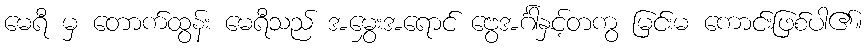
မေရီ မှ တောက်ထွန်း မေရီသည် အမွှေးအရောင် ဗွေအင်္ဂါနှင့်တကွ မြင်းမ ကောင်းဖြစ်ပါ၏။